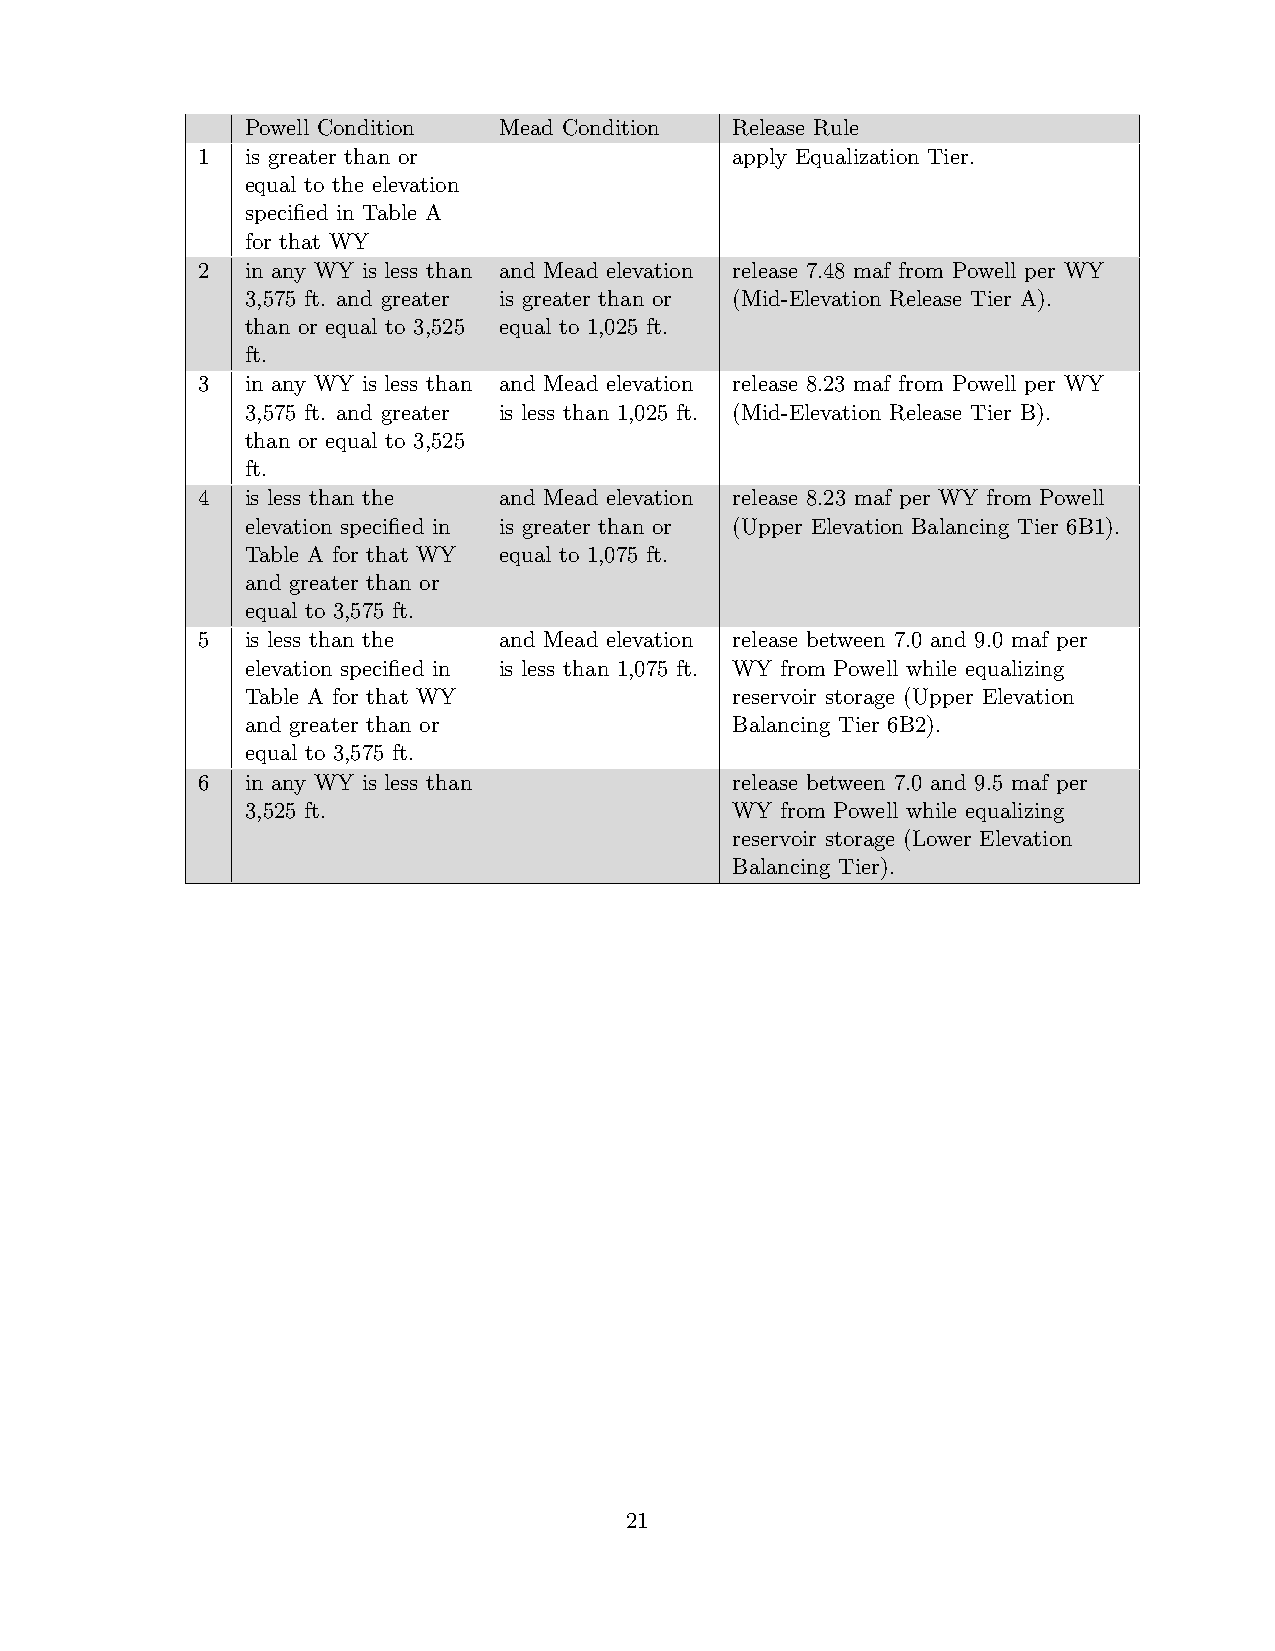
Powell Condition Mead Condition Release Rule
 1  is greater than or              apply Equalization Tier.
 equal to the elevation
 specified in Table A
 for that WY
 2  in any WY is less than and Mead elevation release 7.48 maf from Powell per WY
 3,575 ft. and greater is greater than or (Mid-Elevation Release Tier A).
 than or equal to 3,525 equal to 1,025 ft.
 ft.
 3  in any WY is less than and Mead elevation release 8.23 maf from Powell per WY
 3,575 ft. and greater is less than 1,025 ft. (Mid-Elevation Release Tier B).
 than or equal to 3,525
 ft.
 4  is less than the and Mead elevation release 8.23 maf per WY from Powell
 elevation specified in is greater than or (Upper Elevation Balancing Tier 6B1).
 Table A for that WY equal to 1,075 ft.
 and greater than or
 equal to 3,575 ft.
 5  is less than the and Mead elevation release between 7.0 and 9.0 maf per
 elevation specified in is less than 1,075 ft. WY from Powell while equalizing
 Table A for that WY             reservoir storage (Upper Elevation
 and greater than or             Balancing Tier 6B2).
 equal to 3,575 ft.
 6  in any WY is less than          release between 7.0 and 9.5 maf per
 3,525 ft.                       WY  from Powell while equalizing
 reservoir storage (Lower Elevation
 Balancing Tier).
 21